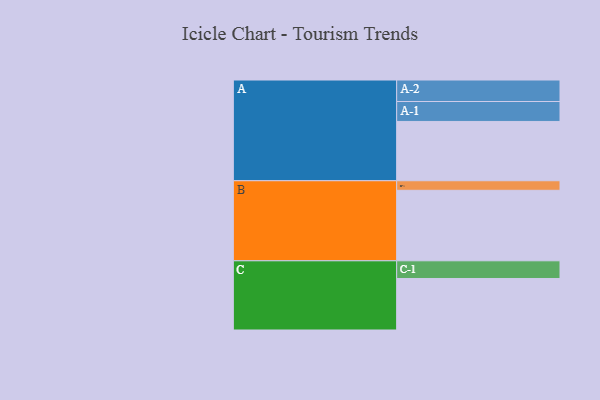
{"axis": {"x": "Segment", "y": "Value"}, "legend": ["", "A", "B", "C"], "data": [{"x": "A", "y": 496, "type": ""}, {"x": "B", "y": 590, "type": ""}, {"x": "C", "y": 431, "type": ""}, {"x": "A-1", "y": 167, "type": "A"}, {"x": "A-2", "y": 180, "type": "A"}, {"x": "B-1", "y": 80, "type": "B"}, {"x": "C-1", "y": 148, "type": "C"}]}